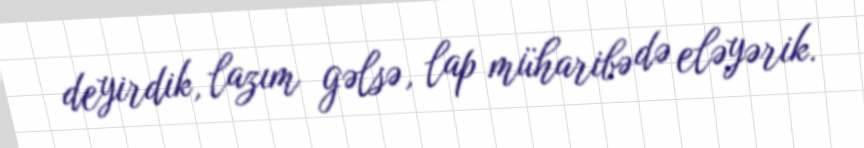
deyirdik, lazım gəlsə, lap müharibə də eləyərik.